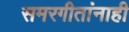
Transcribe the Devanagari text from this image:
समरगीतांनाही